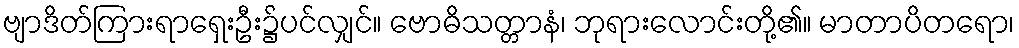
ဗျာဒိတ်ကြားရာရှေးဦး၌ပင်လျှင်။ ဗောဓိသတ္တာနံ၊ ဘုရားလောင်းတို့၏။ မာတာပိတရော၊